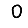
Digit: 0